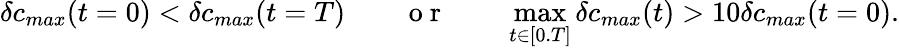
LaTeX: \delta c_{max}(t=0)<\delta c_{max}(t=T)\qquad\mathrm{~o~r~}\qquad\operatorname*{max}_{t\in[0.T]}\delta c_{max}(t)>10\delta c_{max}(t=0).